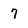
Character: 7